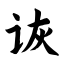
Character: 诙